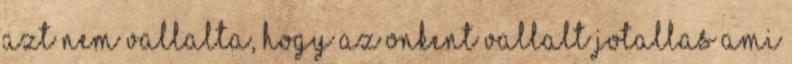
azt nem vallalta, hogy az onkent vallalt jotallas ami